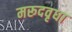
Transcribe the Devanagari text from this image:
मरूदवृधा